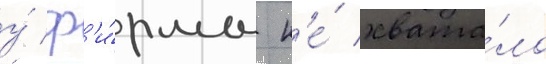
у́ ф'и́рмы н'е́ хвата́ло